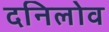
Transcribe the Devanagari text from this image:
दनिलोव